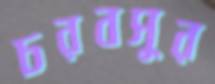
চরবসুর